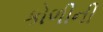
કોળીની